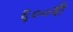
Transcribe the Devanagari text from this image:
६००वी